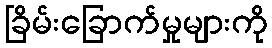
ခြိမ်းခြောက်မှုများကို